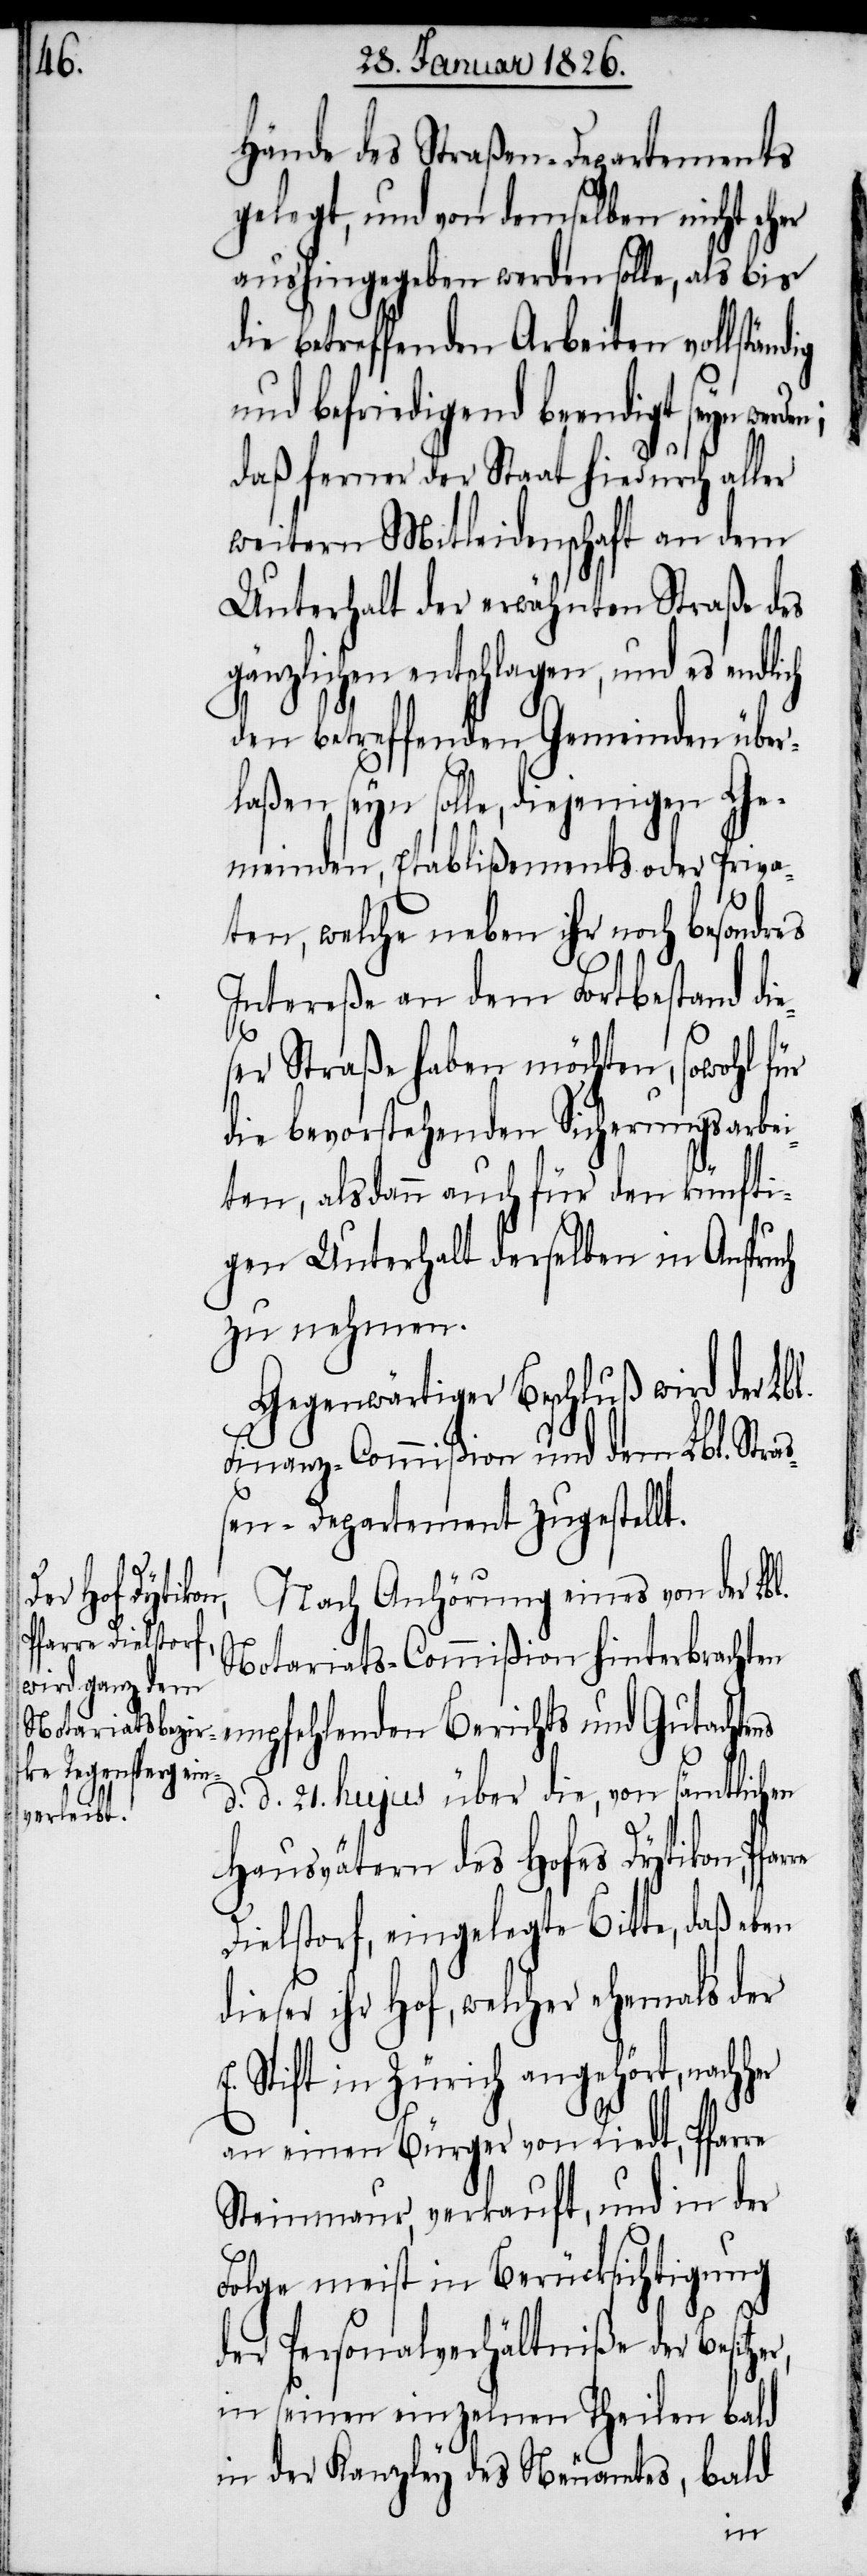
Hände des Straßen-Departements
gelegt, und von demselben nicht eher
aushingegeben werden solle, als bis
die betreffenden Arbeiten vollstä¬
und befriedigend beendigt seyn
daß ferner der Staat hiedurch aller
weitern Mitleidenschaft an dem
Unterhalt der erwähnten Straße des
gänzlichen entschlagen, und es endli¬
den betreffenden Gemeinden über¬
laßen seyn solle, diejenigen Ge¬
meinden, Etablißements oder Priva¬
ten, welche neben ihr noch besondres
tereße haben möchten, sowohl für
die bevorstehenden Sicherungsarbei¬
ten, alsdann auch für den künfti¬
gen Unterhalt derselben in Anspruch
zu nehmen.
Gegenwärtiger Beschluß wir der Lbl.
Finanz-Commißion und dem Lbl. Stra¬
ßen-Departement zugestellt.
Nach Anhörung eines von der Lbl.
Notariats-Commißion hinterbrachten
empfehlenden Berichts und Gutachte¬
d. d. 21. hujus über die, von sämtlichen
Hausvätern des Hofes Dytikon, Pfar¬
Dielstorf, eingelegte Bitte, daß eben
dieser ihr Hof, welcher ehemals der
Stift in Zürich angehört, nach¬
an einen Bürger von Riedt, Pfarre
Steinmaur, verkauft, und in der
Folge meist in Berücksichtigung
der Personalverhältniße der Besitze¬
in seinen einzelnen Theilen bald
in der Kanzley des Neuamtes, bald
r,